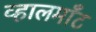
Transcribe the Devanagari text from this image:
व्हालमाँट